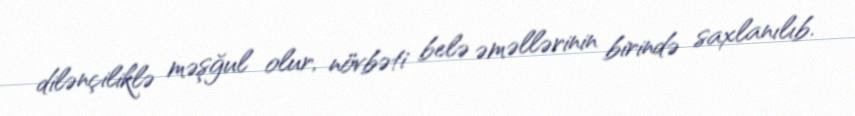
dilənçiliklə məşğul olur, növbəti belə əməllərinin birində saxlanılıb.